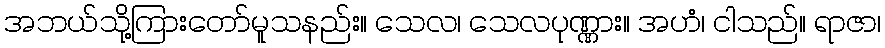
အဘယ်သို့ကြားတော်မူသနည်း။ သေလ၊ သေလပုဏ္ဏား။ အဟံ၊ ငါသည်။ ရာဇာ၊